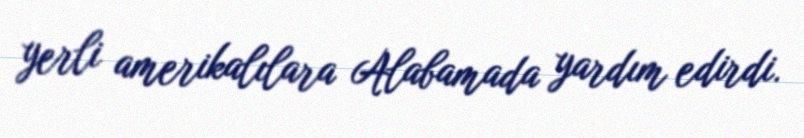
yerli amerikalılara Alabamada yardım edirdi.